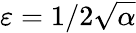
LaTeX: \varepsilon=1/2\sqrt{\alpha}